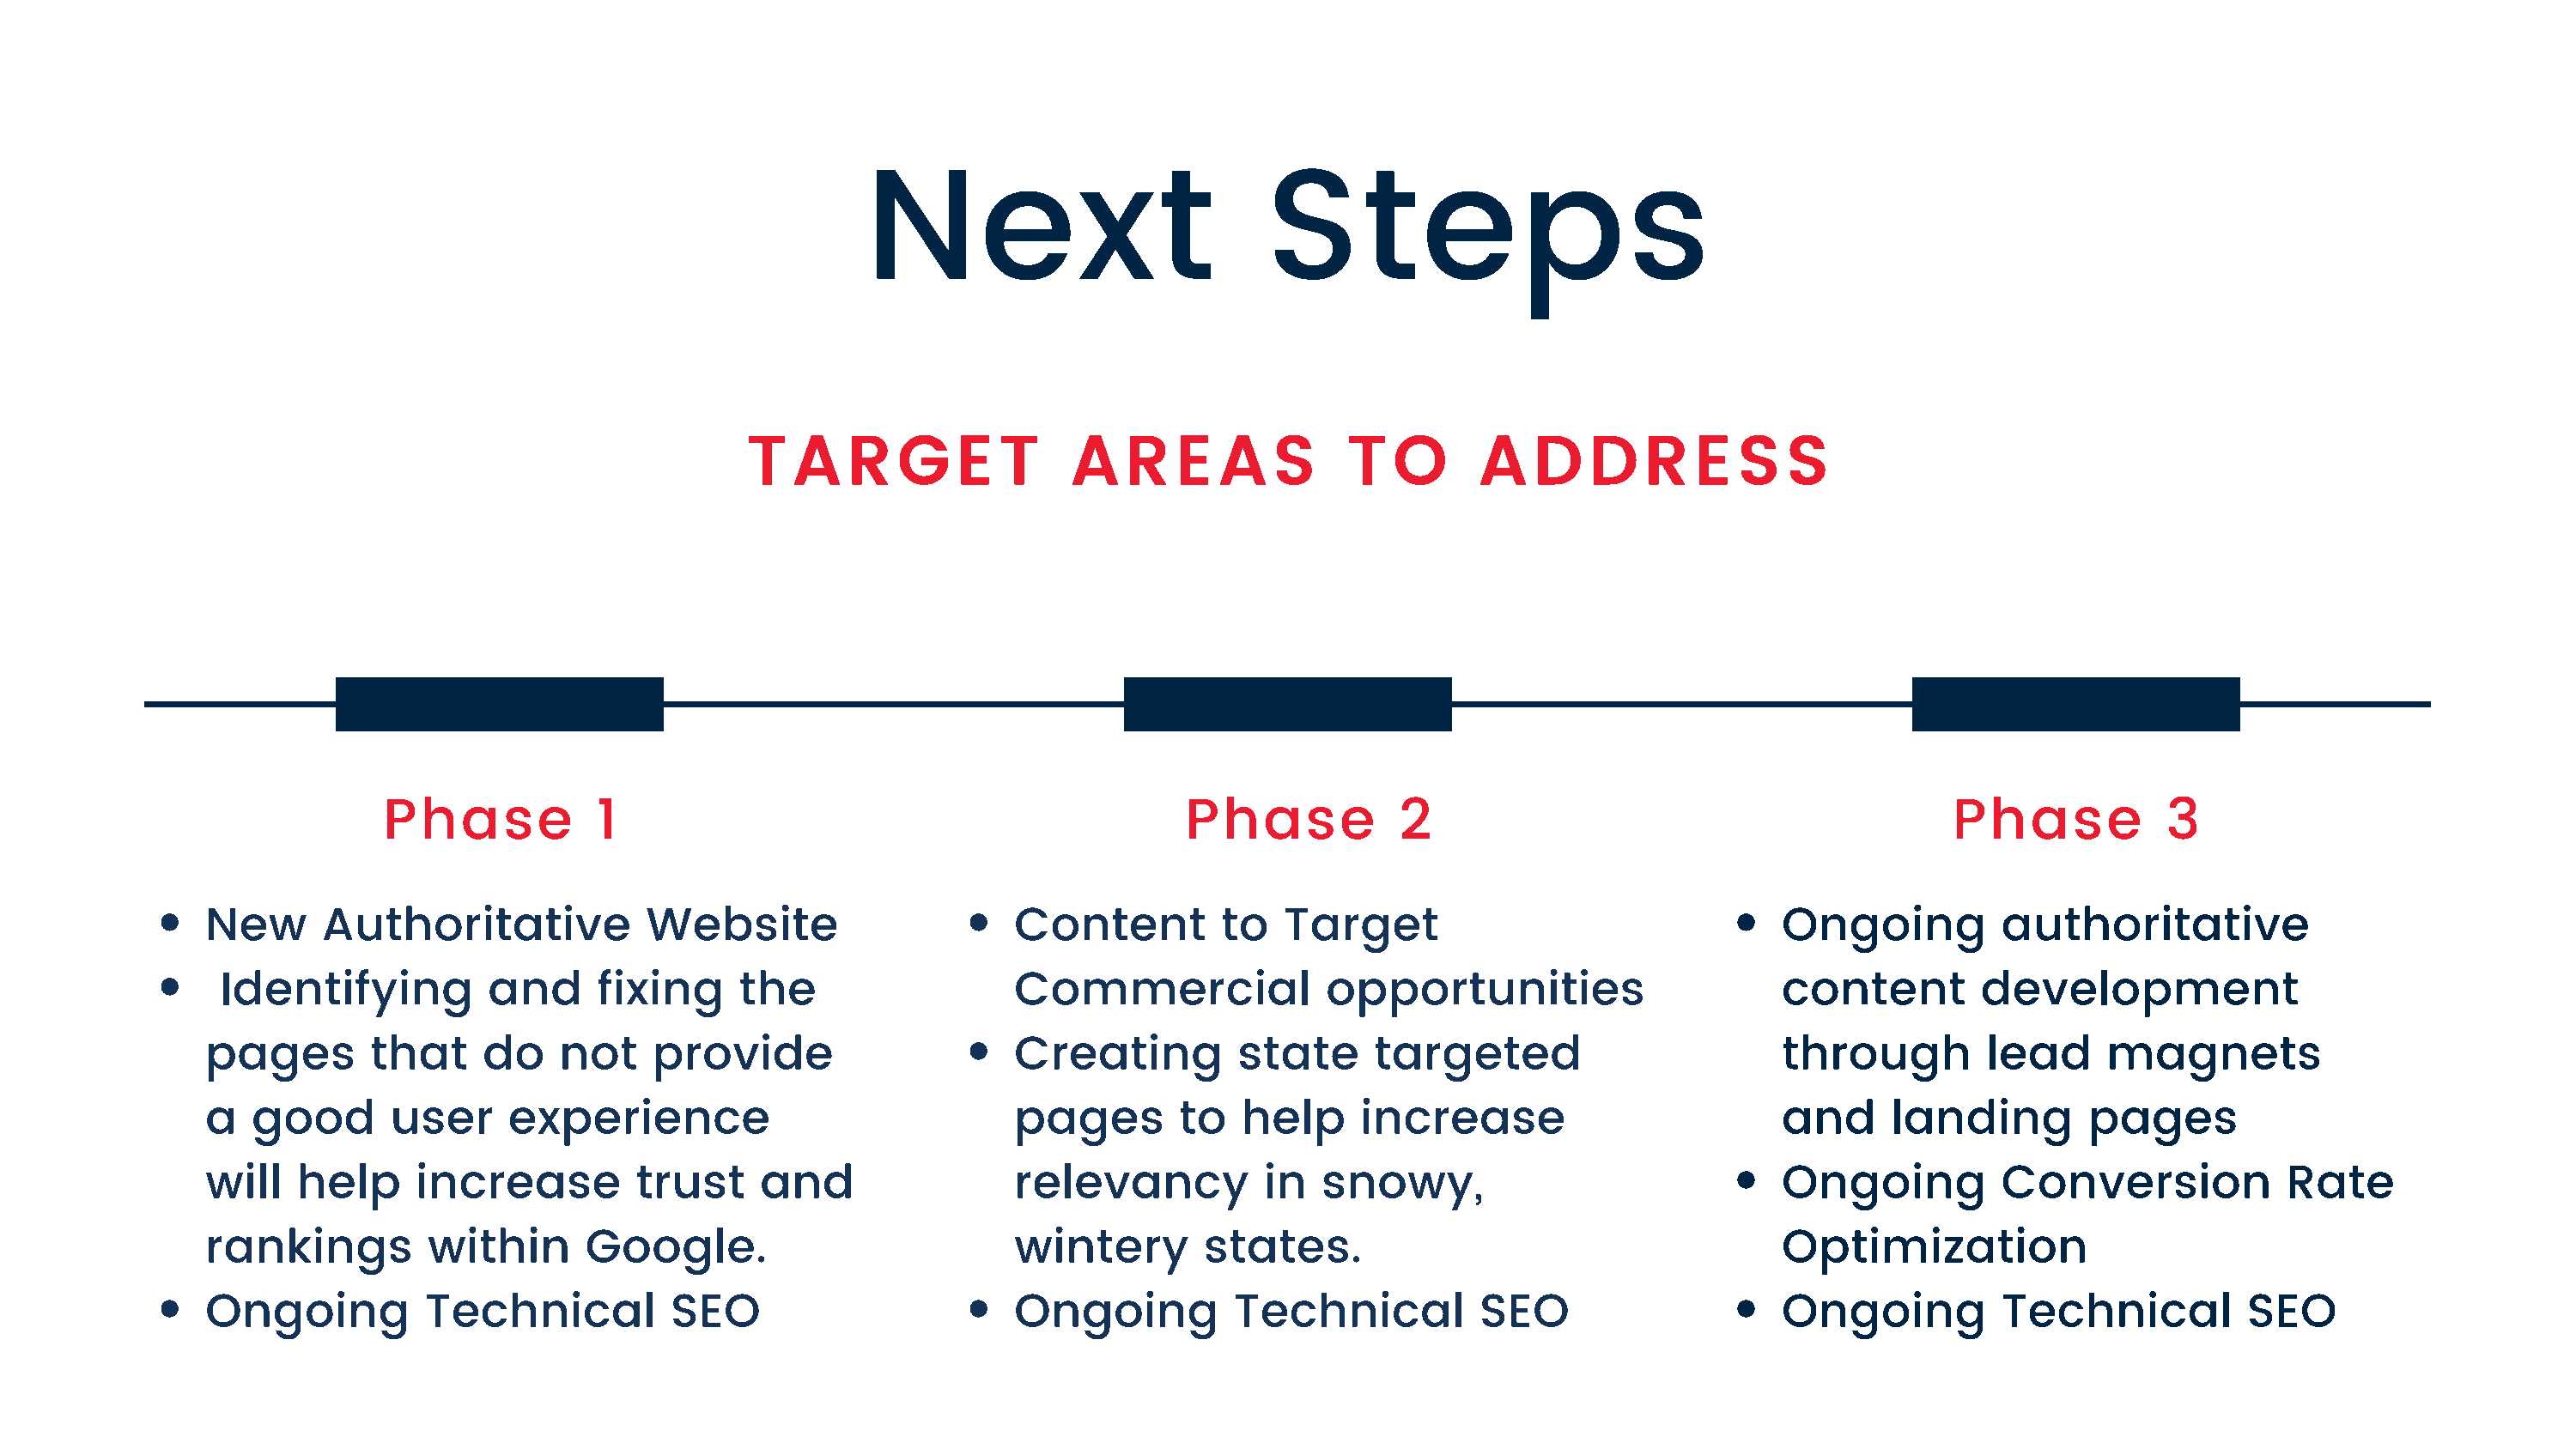
Next                           Steps
 TARGET                   AREAS                TO        ADDRESS
 Phase           1                                            Phase            2                                          Phase           3
 New      Authoritative            Website                     Content         to   Target                                Ongoing          authoritative
 Identifying          and     fixing     the                  Commercial              opportunities                      content         development
 pages        that    do    not    provide                     Creating         state      targeted                       through         lead     magnets
 a  good       user     experience                             pages        to   help     increase                        and      landing        pages
 will   help     increase         trust     and                relevancy          in   snowy,                             Ongoing          Conversion            Rate
 rankings         within      Google.                          wintery        states.                                     Optimization
 Ongoing          Technical          SEO                       Ongoing          Technical          SEO                    Ongoing          Technical          SEO